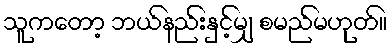
သူကတော့ ဘယ်နည်းနှင့်မျှ စမည်မဟုတ်။